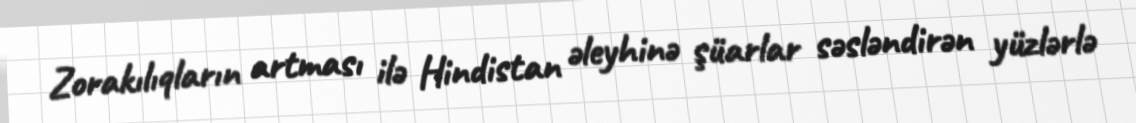
Zorakılıqların artması ilə Hindistan əleyhinə şüarlar səsləndirən yüzlərlə